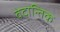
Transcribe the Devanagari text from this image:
वेदान्तिक